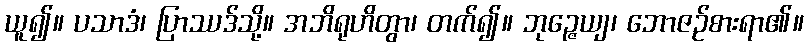
ယူ၍။ ပသာဒံ၊ ပြာဿဒ်သို့။ အဘိရုဟိတွာ၊ တက်၍။ ဘုဉ္ဇေယျ၊ ဘောဇဉ်စားရာ၏။